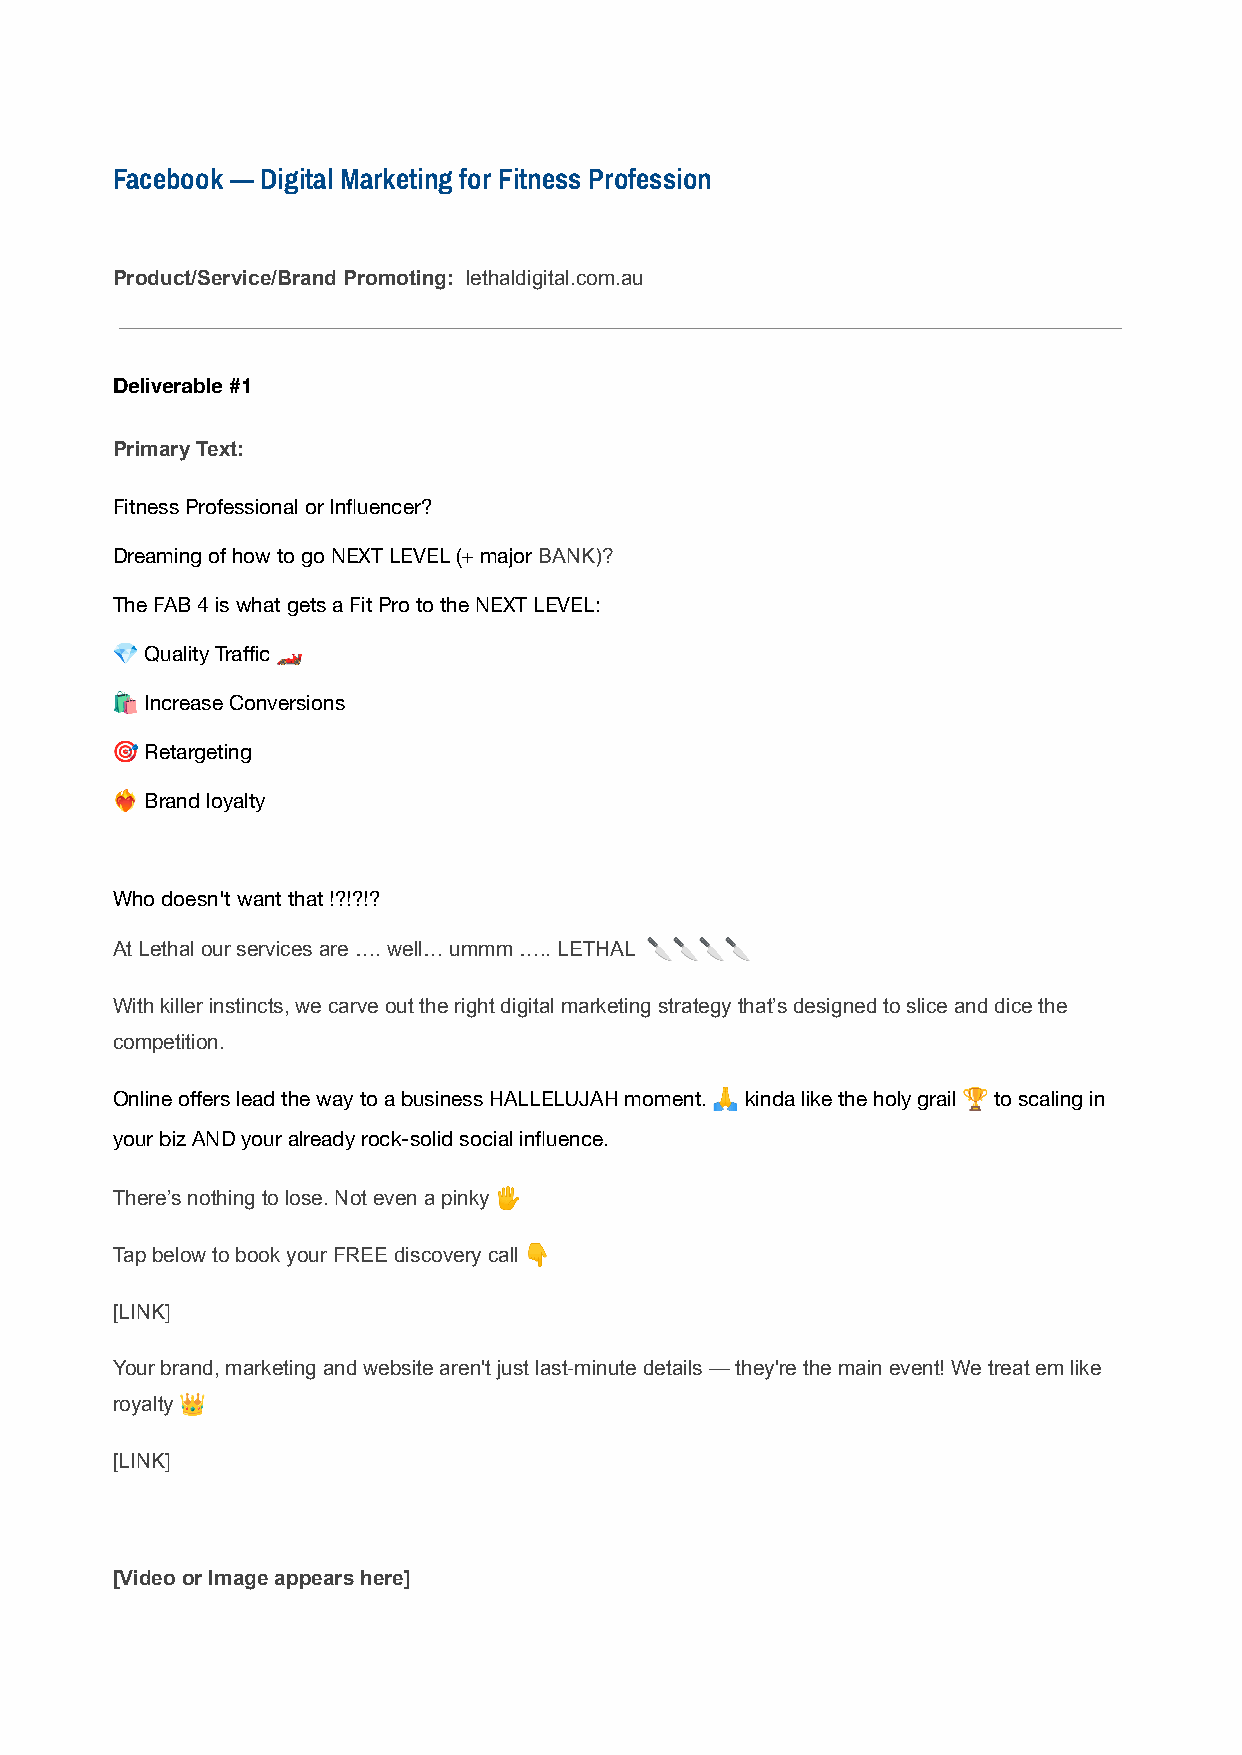
Facebook — Digital Marketing for Fitness Profession
 Product/Service/Brand Promoting: lethaldigital.com.au
 Deliverable #1
 Primary Text:
 Fitness Professional or Influencer?
 Dreaming of how to go NEXT LEVEL (+ majorBANK)?
 The FAB 4 is what gets a Fit Pro to the NEXT LEVEL:
 💎  Quality Traffic 🏎
 🛍  Increase Conversions
 🎯  Retargeting
 󰵗  Brand loyalty
 Who doesn't want that !?!?!?
 At Lethal our services are …. well… ummm ….. LETHAL 🔪🔪🔪🔪
 With killer instincts, we carve out the right digital marketing strategy that’s designed to slice and dice the
 competition.
 Online offers lead the way to a business HALLELUJAH moment. 🙏 kinda like the holy grail 🏆 to scaling in
 your biz AND your already rock-solid social influence.
 There’s nothing to lose. Not even a pinky 🖐
 Tap below to book your FREE discovery call 👇
 [LINK]
 Your brand, marketing and website aren't just last-minute details — they're the main event! We treat em like
 royalty 👑
 [LINK]
 [Video or Image appears here]